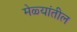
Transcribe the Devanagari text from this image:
मेळ्यांतील